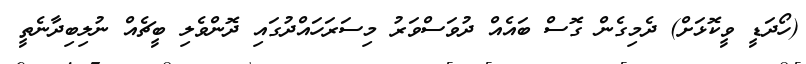
(ހޯދަޑީ ވީކޮޅަށް) ދެމިގެން ގޮސް ބައެއް ދުވަސްވަރު މިސަރަހައްދުގައި ދޮންވެލި ބީޗެއް ނުލިބިދާނެތީ